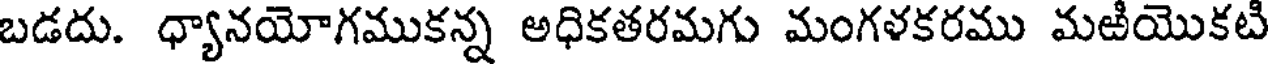
బడదు. ధ్యానయోగముకన్న అధికతరమగు మంగళకరము మఱియొకటి